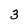
Character: 3